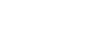
အဖေကို